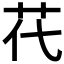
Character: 𦬴